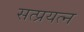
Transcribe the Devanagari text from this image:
सत्प्रयत्न